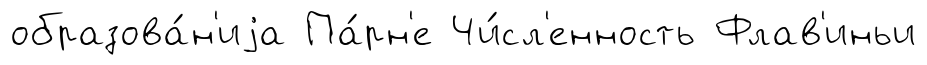
образова́н'иjа Па́рн'е Чи́сл'енность Флав'иньи